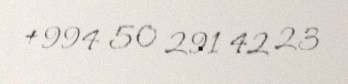
+994 50 291 42 23